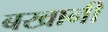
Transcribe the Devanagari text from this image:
बखानी